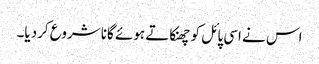
اس نے اسی پائل کو چھنکاتے ہوئے گانا شروع کردیا۔